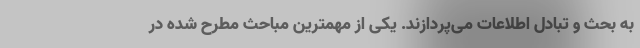
به بحث و تبادل اطلاعات می‌پردازند. یکی از مهمترین مباحث مطرح شده در